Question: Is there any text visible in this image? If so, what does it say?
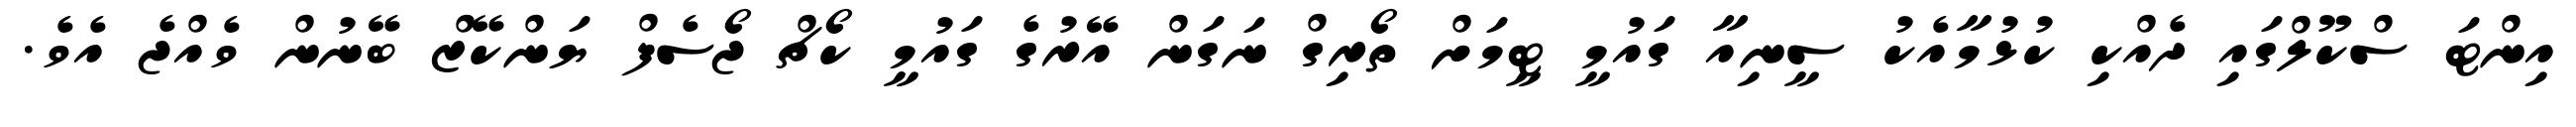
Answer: އިންޓަ ސްކޫލްގައި ދެއްކި ކުޅުމާއެކު ސީނިއާ ގައުމީ ޓީމަށް ތޯރިގް ނަގަން އޭރުގެ ގައުމީ ކޯޗް ޖޯސެފް ޔަންކޭޒް ބޭނުން ވެއްޖެ އެވެ.